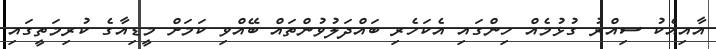
އާއިއެކު ސިއްރު ގުޅުމެއް ހިންގައި އެކަހެރި ބައްދަލުވުންތައް ބޭއްވި ކަމަށް މީޑިއާގެ ކުރިމަތީގައި